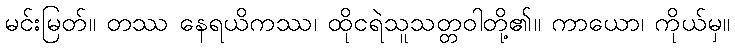
မင်းမြတ်။ တဿ နေရယိကဿ၊ ထိုငရဲသူသတ္တဝါတို့၏။ ကာယော၊ ကိုယ်မှ။